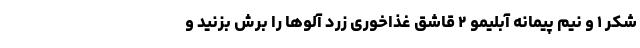
شکر ۱ و نیم پیمانه آبلیمو ۲ قاشق غذاخوری زرد آلو‌ها را برش بزنید و